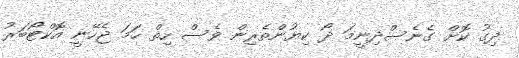
ދިގު ކޮށް ގެނެސްދިނީމަ ދޯ ކިޔުންތެރިން ވެސް ހިތް ހަމަ ޖެހޭނީ އޮކްޓޯބަރު